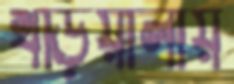
খড়িয়ালায়